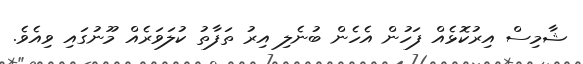
ޝާމިސް އިރުކޮޅެއް ފަހުން އެހެން ބުނެލި އިރު ތަފާތު ކުލަވަރެއް މޫނުގައި ވިއެވެ.